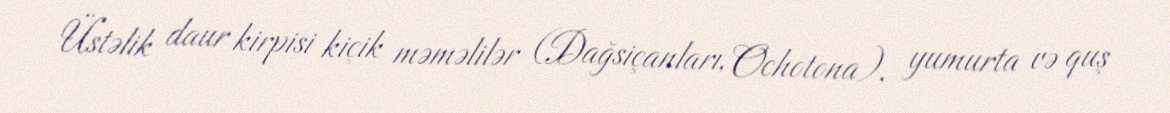
Üstəlik daur kirpisi kiçik məməlilər (Dağsiçanları, Ochotona), yumurta və quş